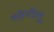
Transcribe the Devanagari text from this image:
कड़ेगोंड्लु